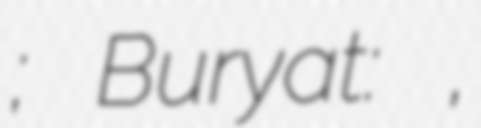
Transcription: Оёр; Buryat: Оёор,